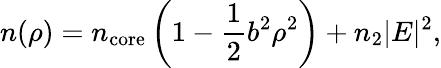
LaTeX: n(\rho)=n_{\mathrm{core}}\left(1-\frac{1}{2}b^{2}\rho^{2}\right)+n_{2}|E|^{2},